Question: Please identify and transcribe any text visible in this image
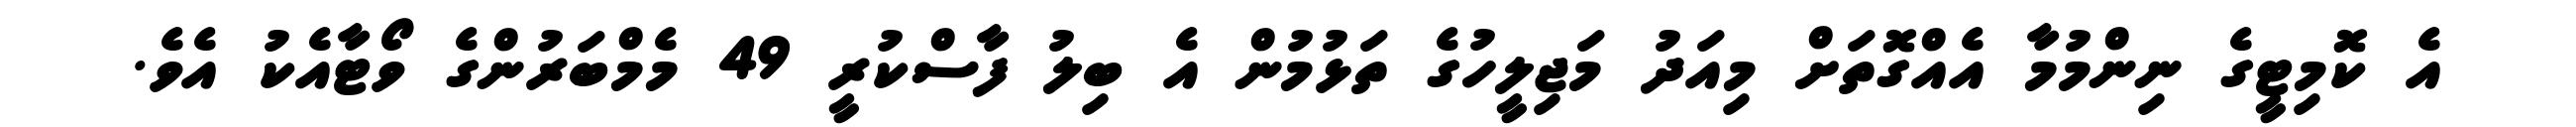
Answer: އެ ކޮމިޓީގެ ނިންމުމާ އެއްގޮތަށް މިއަދު މަޖިލީހުގެ ތަޅުމުން އެ ބިލު ފާސްކުރީ 49 މެމްބަރުންގެ ވޯޓާއެކު އެވެ.